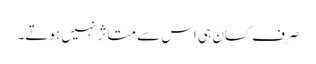
صرف کسان ہی اس سے متاثر نہیں ہوتے۔